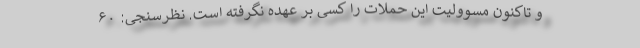
و تاکنون مسوولیت این حملات را کسی بر عهده نگرفته است. نظرسنجی: ۶۰